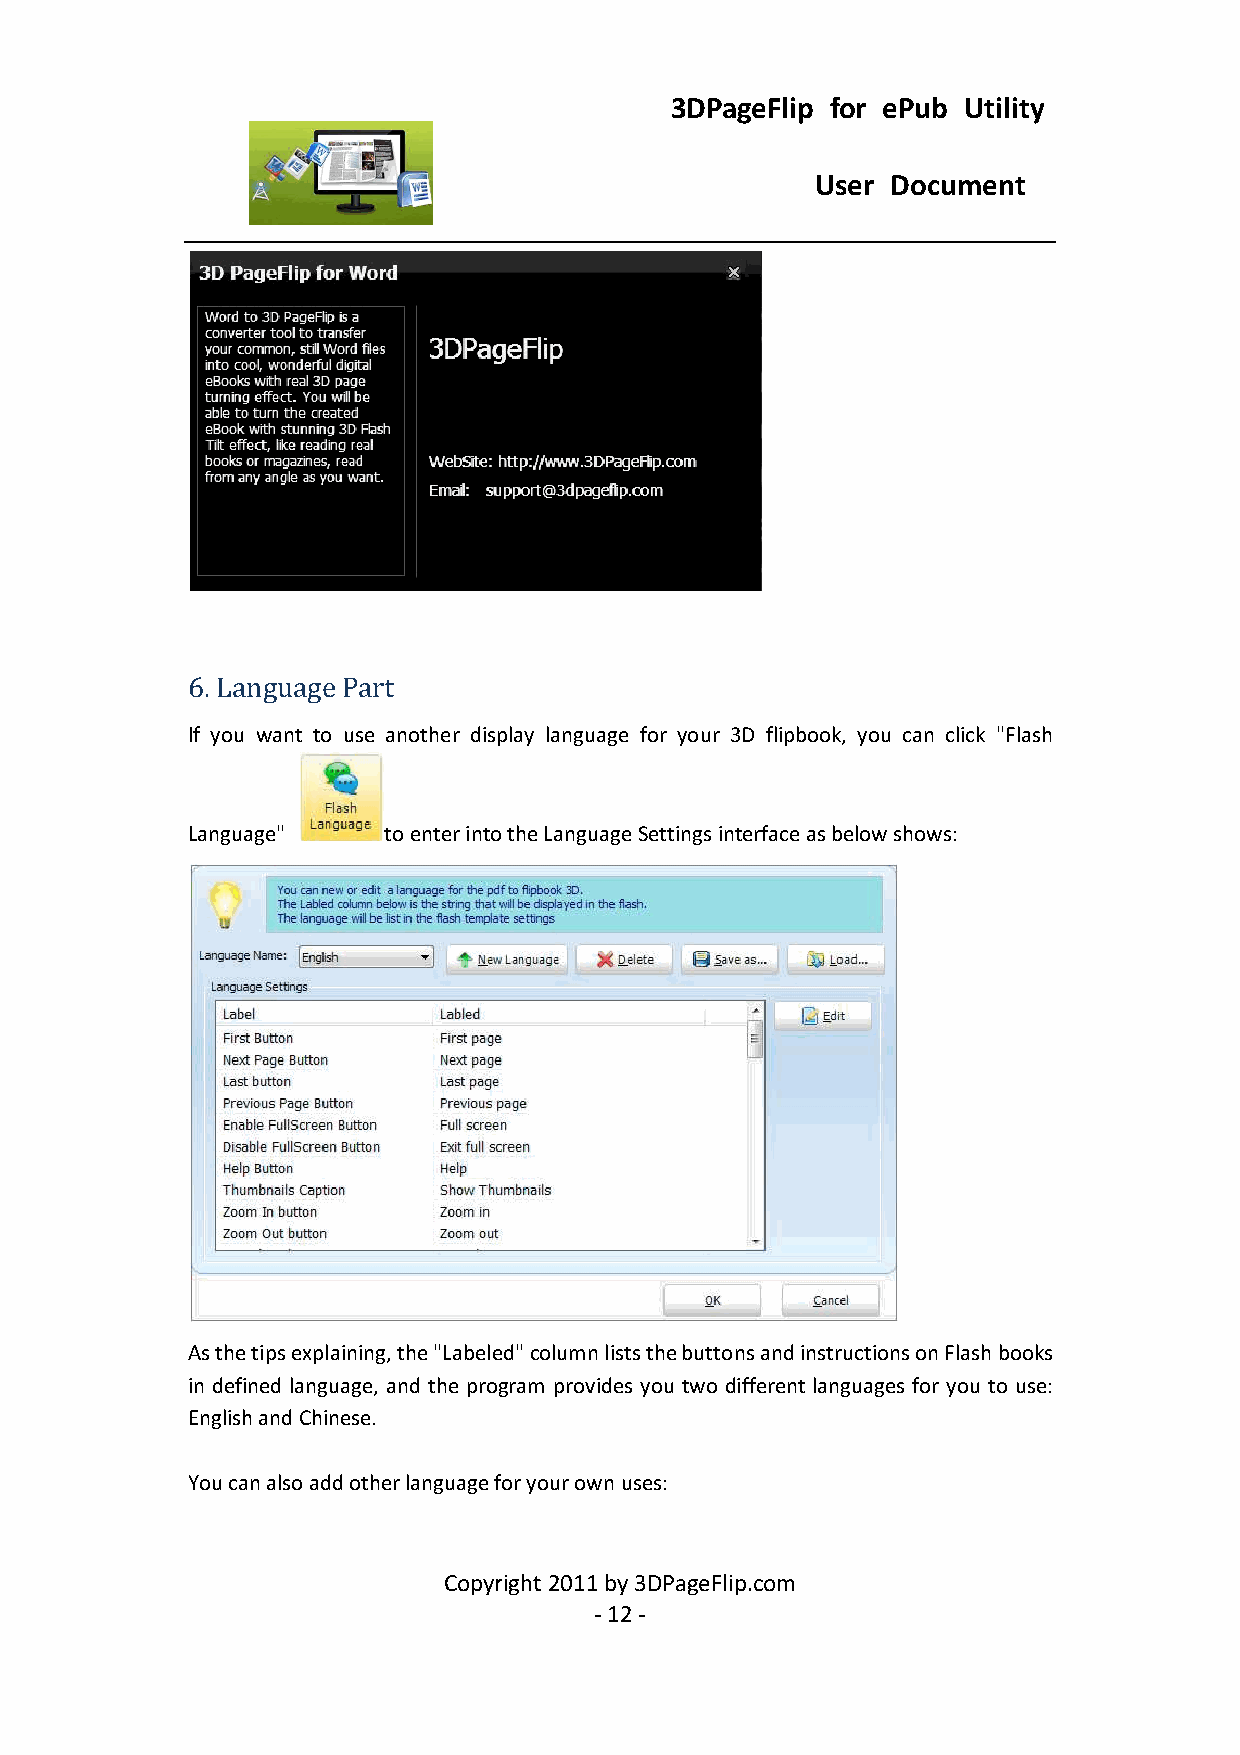
3DPageFlip for ePub Utility
 User Document
 6. Language Part
 If you want to use another display language for your 3D flipbook, you can click "Flash
 Language"    to enter into the Language Settings interface as below shows:
 As the tips explaining, the "Labeled" column lists the buttons and instructions on Flash books
 in defined language, and the program provides you two different languages for you to use:
 English and Chinese.
 You can also add other language for your own uses:
 Copyright 2011 by 3DPageFlip.com
 - 12 -